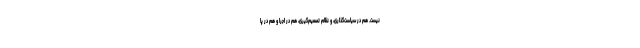
نیست. هم در سیاست‌گذاری، و نظام تصمیم‌گیری، هم در اجرا و هم در پا